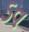
ડવ